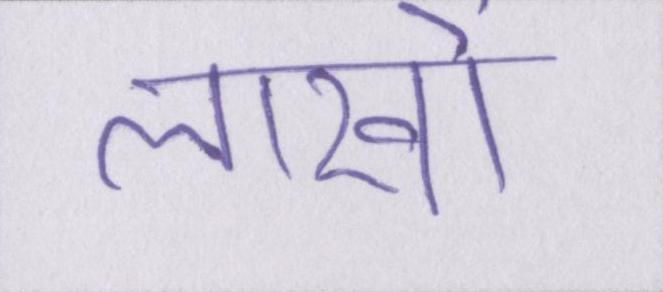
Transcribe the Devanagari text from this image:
लाखों